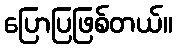
ပြောပြဖြစ်တယ်။